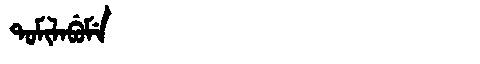
Manchu: ᡨᠣᠮᡳᠯᠠᠪᡠᠮᡝ
Romanization: TOMILABUME